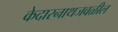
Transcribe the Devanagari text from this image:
केदारनाथजवळील